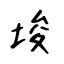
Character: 埈